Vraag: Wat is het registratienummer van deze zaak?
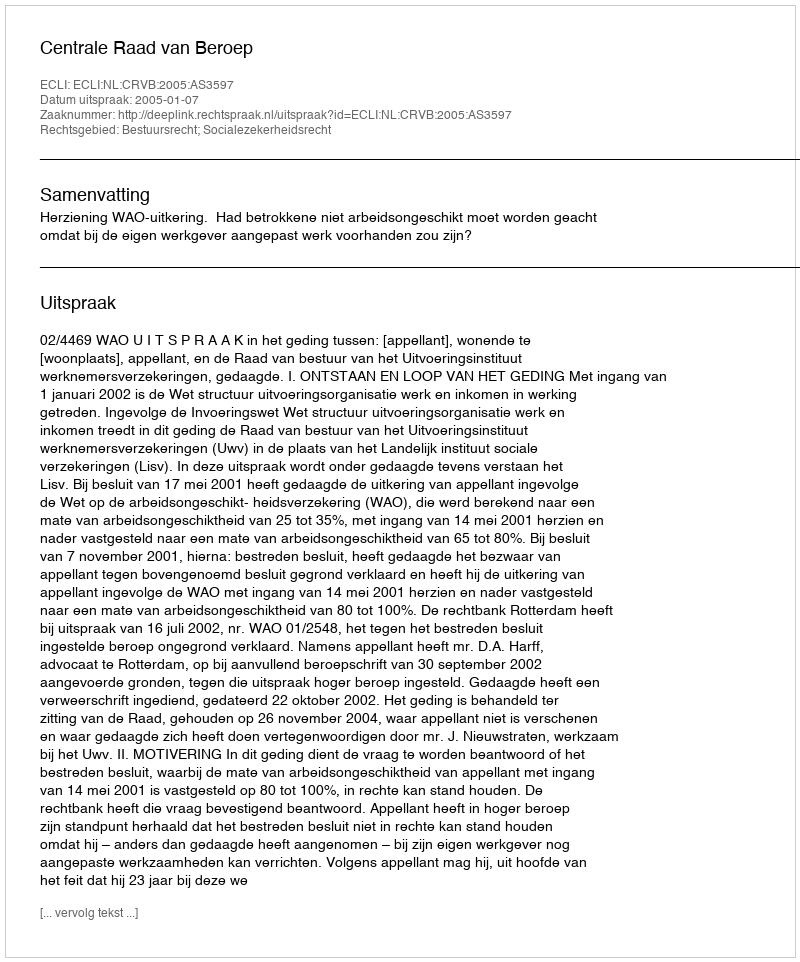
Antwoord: http://deeplink.rechtspraak.nl/uitspraak?id=ECLI:NL:CRVB:2005:AS3597